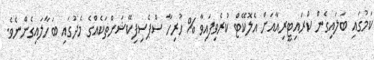
ކަމުގައި ބަލައިގެން ކްރައިޓީރިއާއަށް އެލޮކޭޓް ކުރެވިފައިވާ % ހުރިހާ ސްޕެސިފިކޭޝަންތަކެއްގެ މެދުގައި ބަހާލައިގެންނެވެ.